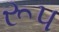
રૂપ